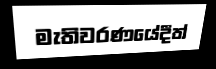
මැතිවරණයේදීත්